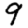
Digit: 9